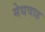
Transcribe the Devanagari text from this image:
मेधवाह